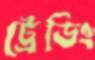
ট্রেডিং